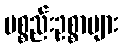
ပစ္စည်းဥစ္စာများ